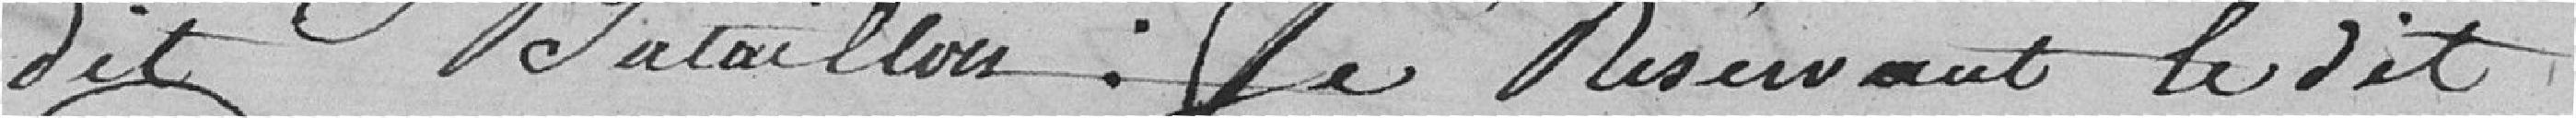
dit Bataillon : Le réservant du dit